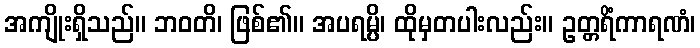
အကျိုးရှိသည်။ ဘဝတိ၊ ဖြစ်၏။ အပရမ္ပိ၊ ထိုမှတပါးလည်း။ ဥတ္တရိံကာရဏံ၊